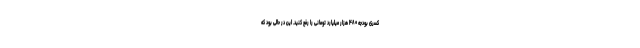
کسری بودجه ۴۸۰ هزار میلیارد تومانی را رفع کنید. این در حالی بود که